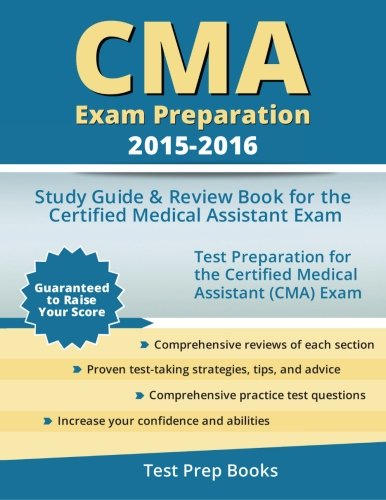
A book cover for CMA Exam Preparation 2015-2016: Study Guide & Review Book for the Certified Medical Assistant Exam; CMA Exam Prep Team; Test Preparation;